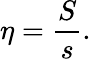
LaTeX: \eta={\frac{S}{s}}.